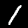
Label: 1